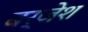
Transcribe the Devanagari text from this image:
बर्जेश